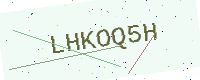
Text: LHKOQ5H